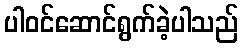
ပါဝင်ဆောင်ရွက်ခဲ့ပါသည်